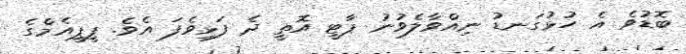
ބޮޑުވެ އެ ހުޅުގަނޑު ނިއްވާލެވުނު ޕާޓީ އޮތީ ދެ ފަޅިވެފަ އެވެ. ޕީޕީއެމްގެ